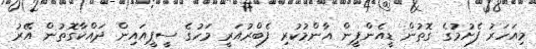
މިއަހަރު ފެށުމުގެ ގޮތުން ޑީއެންޕީން އާންމުކުރި ފެބްރުއަރީ މަހުގެ ސީޕީއައިން ދައްކާގޮތުން އޭރު